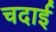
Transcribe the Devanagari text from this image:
चदाई